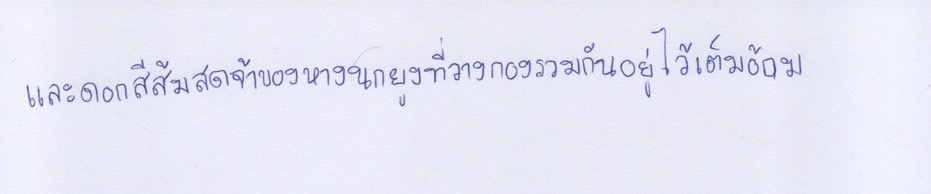
และดอกสีส้มสดจ้าของหางนกยูงที่วางกองรวมกันอยู่ไว้เต็มอ้อม